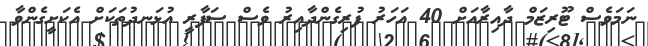
ނަމަވެސް ޓޫރިޒަމް ދާއިރާއަށް 40 އަހަރު ފުރިގެންދާއިރު ވެސް ސަފާރީ އުޅަނދުތަކަށް އެކަށީގެންވާ